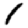
Digit: 1